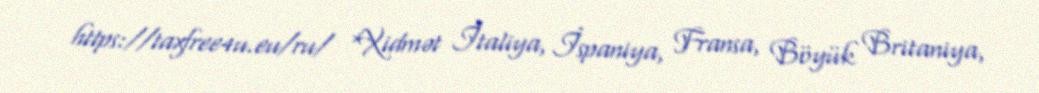
https://taxfree4u.eu/ru/ *Xidmət İtaliya, İspaniya, Fransa, Böyük Britaniya,